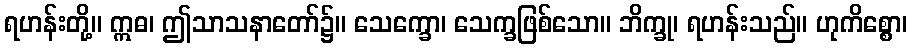
ရဟန်းတို့။ ဣဓ၊ ဤသာသနာတော်၌။ သေက္ခော၊ သေက္ခဖြစ်သော။ ဘိက္ခု၊ ရဟန်းသည်။ ဟုကိစ္စော၊